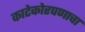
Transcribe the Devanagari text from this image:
काटेकोरपणाचा